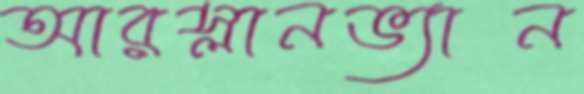
আরস্লানভ্যান